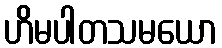
ဟိမပါတသမယော